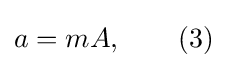
a=mA,\qquad (3)